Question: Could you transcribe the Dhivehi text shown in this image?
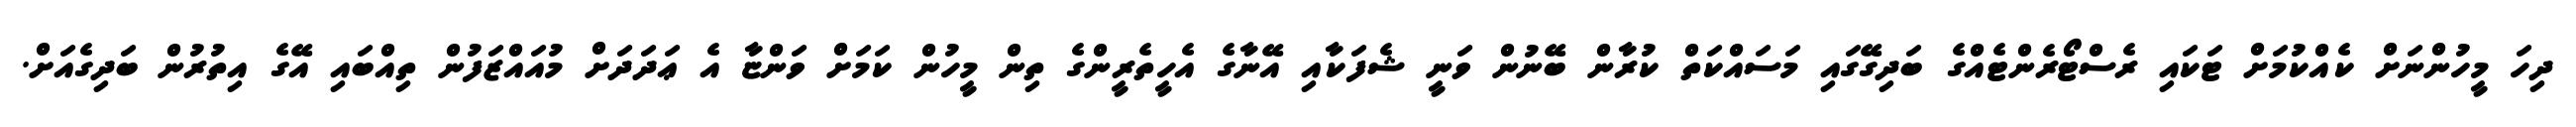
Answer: ދިހަ މީހުންނަށް ކެއްކުމަށް ޓަކައި ރެސްޓޯރެންޓެއްގެ ބަދިގޭގައި މަސައްކަތް ކުރާން ބޭނުން ވަނީ ޝެފަކާއި އޭނާގެ އެހީތެރީންގެ ތިން މީހުން ކަމަށް ވަންޏާ އެ ޢަދަދަށް މުއައްޒަފުން ތިއްބައި އޭގެ އިތުރުން ބަދިގެއަށް.